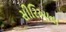
સીરિઆના